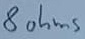
Text: 8ohms